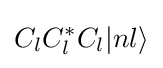
C_{l}C_{l}^{*}C_{l}|nl\rangle